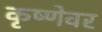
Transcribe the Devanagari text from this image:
कृष्णेवर